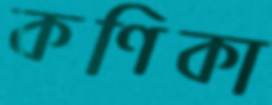
কণিকা